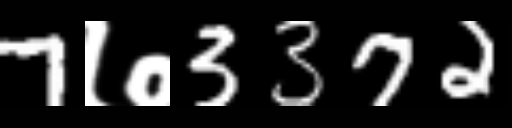
Text: 7७3372